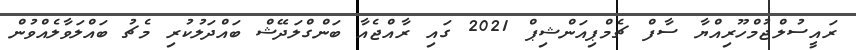
ރައީސުލްޖުމްހޫރިއްޔާ ސާފް ޗެމްޕިއަންޝިޕް 2021 ގައި ރާއްޖެއާ ބަންގްލަދޭޝް ބައްދަލުކުރި މެޗު ބައްލަވާލެއްވުން